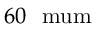
6 0 ~ \mathrm { \ m u m }